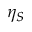
\eta _ { S }